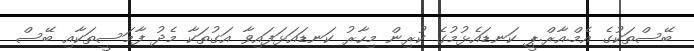
ބޭސްތަކުގެ އެމް.އާރް.ޕީ ކަނޑައެޅުމުގެ ކުރިން މިހާރު ކަނޑައަޅަފައިވާ އަގުތަކާ މެދު ފާމަސީތަކާއި ބޭސް